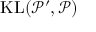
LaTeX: { \mathrm { K L } } ( { \mathcal { P } } ^ { \prime } , { \mathcal { P } } )